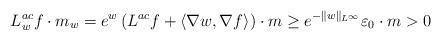
LaTeX: \begin{align*} L^{ac}_wf \cdot m_w = e^{w}\left( L^{ac}f + \langle \nabla w, \nabla f\rangle \right)\cdot m \geq e^{-\|w\|_{L^\infty}}\varepsilon_0\cdot m >0 \end{align*}